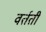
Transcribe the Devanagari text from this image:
वर्तती